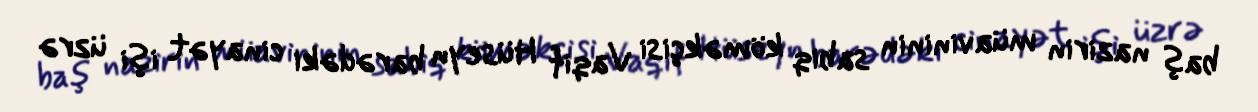
baş nazirin müavininin sabiq köməkçisi Vaqif Hüseyn barədəki cinayət işi üzrə